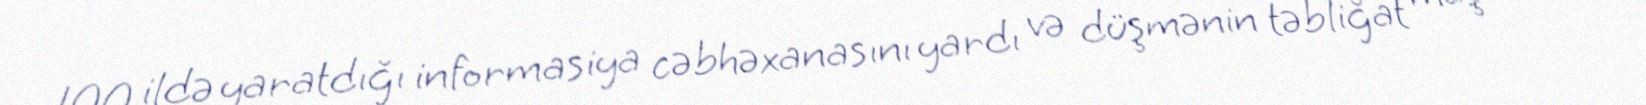
100 ildə yaratdığı informasiya cəbhəxanasını yardı və düşmənin təbliğat maşınını